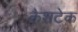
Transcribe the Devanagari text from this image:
कैशटेक